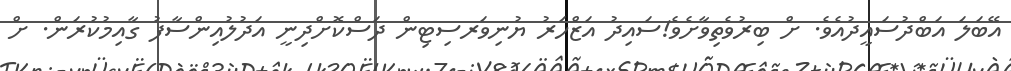
އޭބަލަ އަބްދުސައީދުއެވެ. ށް ބިރުވެތިވާށެވެ!ސައިދު އަޒްހަރު ޔުނިވަރސިޓިން ދަސްކޮށްދިނީ އަދުލުއިންސާފު ގާއިމުކުރަން. ށް